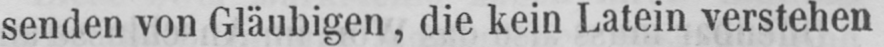
senden von Gläubigen, die kein Latein verstehen